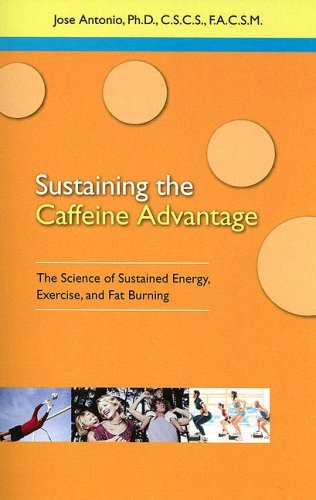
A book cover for Sustaining Caffeine Advantage: The Science of Sustained Energy, Exercise, And Fat Burning; Jose Antonio; Health, Fitness & Dieting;